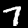
Label: 7